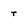
Character: r